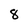
Character: 8